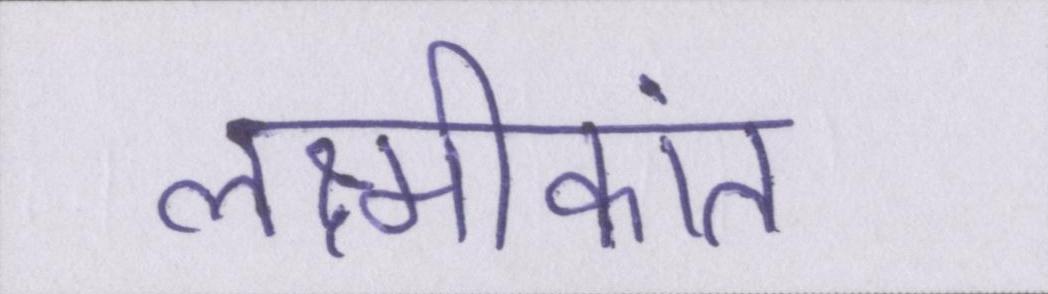
लक्ष्मीकांत